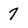
Character: 7